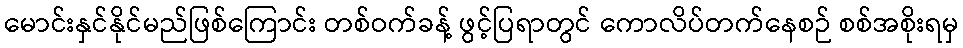
မောင်းနှင်နိုင်မည်ဖြစ်ကြောင်း တစ်ဝက်ခန့် ဖွင့်ပြရာတွင် ကောလိပ်တက်နေစဉ် စစ်အစိုးရမှ